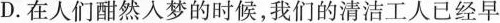
D.在人们酣然入梦的时候，我们的清洁工人已经早